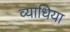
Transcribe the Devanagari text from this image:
व्याधिया